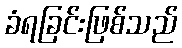
ခံရခြင်းဖြစ်သည်